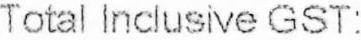
TOTAL INCLUSIVE GST: